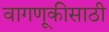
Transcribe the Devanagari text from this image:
वागणूकीसाठी